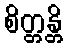
စိတ္တန္တိ